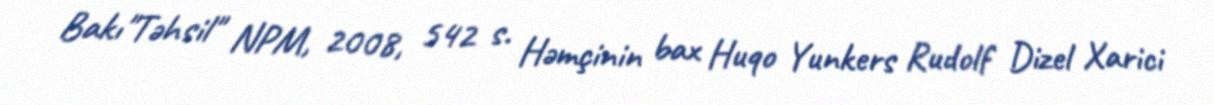
Bakı"Təhsil" NPM, 2008, 542 s. Həmçinin bax Huqo Yunkers Rudolf Dizel Xarici